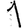
Digit: 1